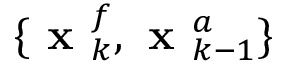
\{ \textbf { x } _ { k } ^ { f } , \textbf { x } _ { k - 1 } ^ { a } \}